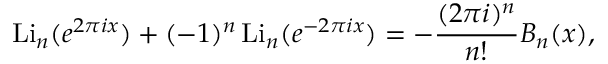
\operatorname { L i } _ { n } ( e ^ { 2 \pi i x } ) + ( - 1 ) ^ { n } \operatorname { L i } _ { n } ( e ^ { - 2 \pi i x } ) = - { \frac { ( 2 \pi i ) ^ { n } } { n ! } } B _ { n } ( x ) ,